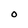
Character: O